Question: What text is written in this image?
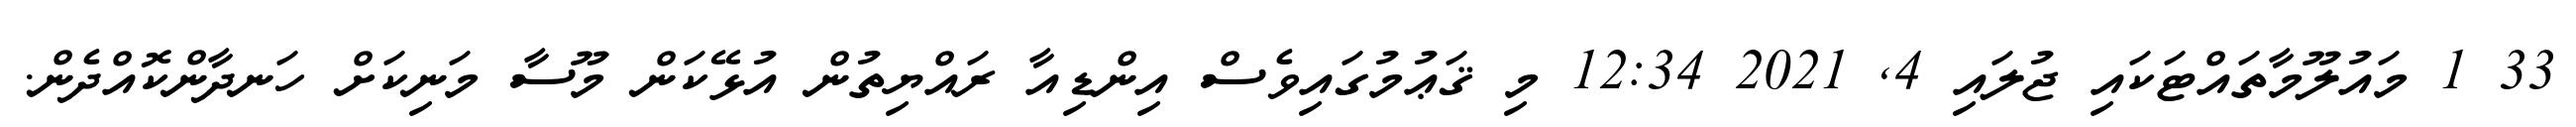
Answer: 33 1 މައުލޫމާތައްޓަކައި ޖުލައި 4, 2021 12:34 މި ޤަޢުމުގައިވެސް އިންޑިއާ ރައްޔިތުން އުޅޭކަން މޫސާ މަނިކަށް ހަނދާންކޮއްދެން.